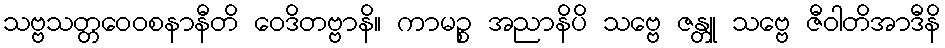
သဗ္ဗသတ္တဝေဝစနာနီတိ ဝေဒိတဗ္ဗာနိ။ ကာမဉ္စ အညာနိပိ သဗ္ဗေ ဇန္တူ သဗ္ဗေ ဇီဝါတိအာဒီနိ